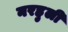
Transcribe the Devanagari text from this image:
नरहुली